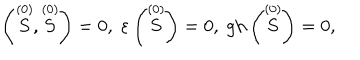
\left( \stackrel { ( 0 ) } { S } , \stackrel { ( 0 ) } { S } \right) = 0 , \; \varepsilon \left( \stackrel { ( 0 ) } { S } \right) = 0 , \; \mathrm { g h } \left( \stackrel { ( 0 ) } { S } \right) = 0 ,